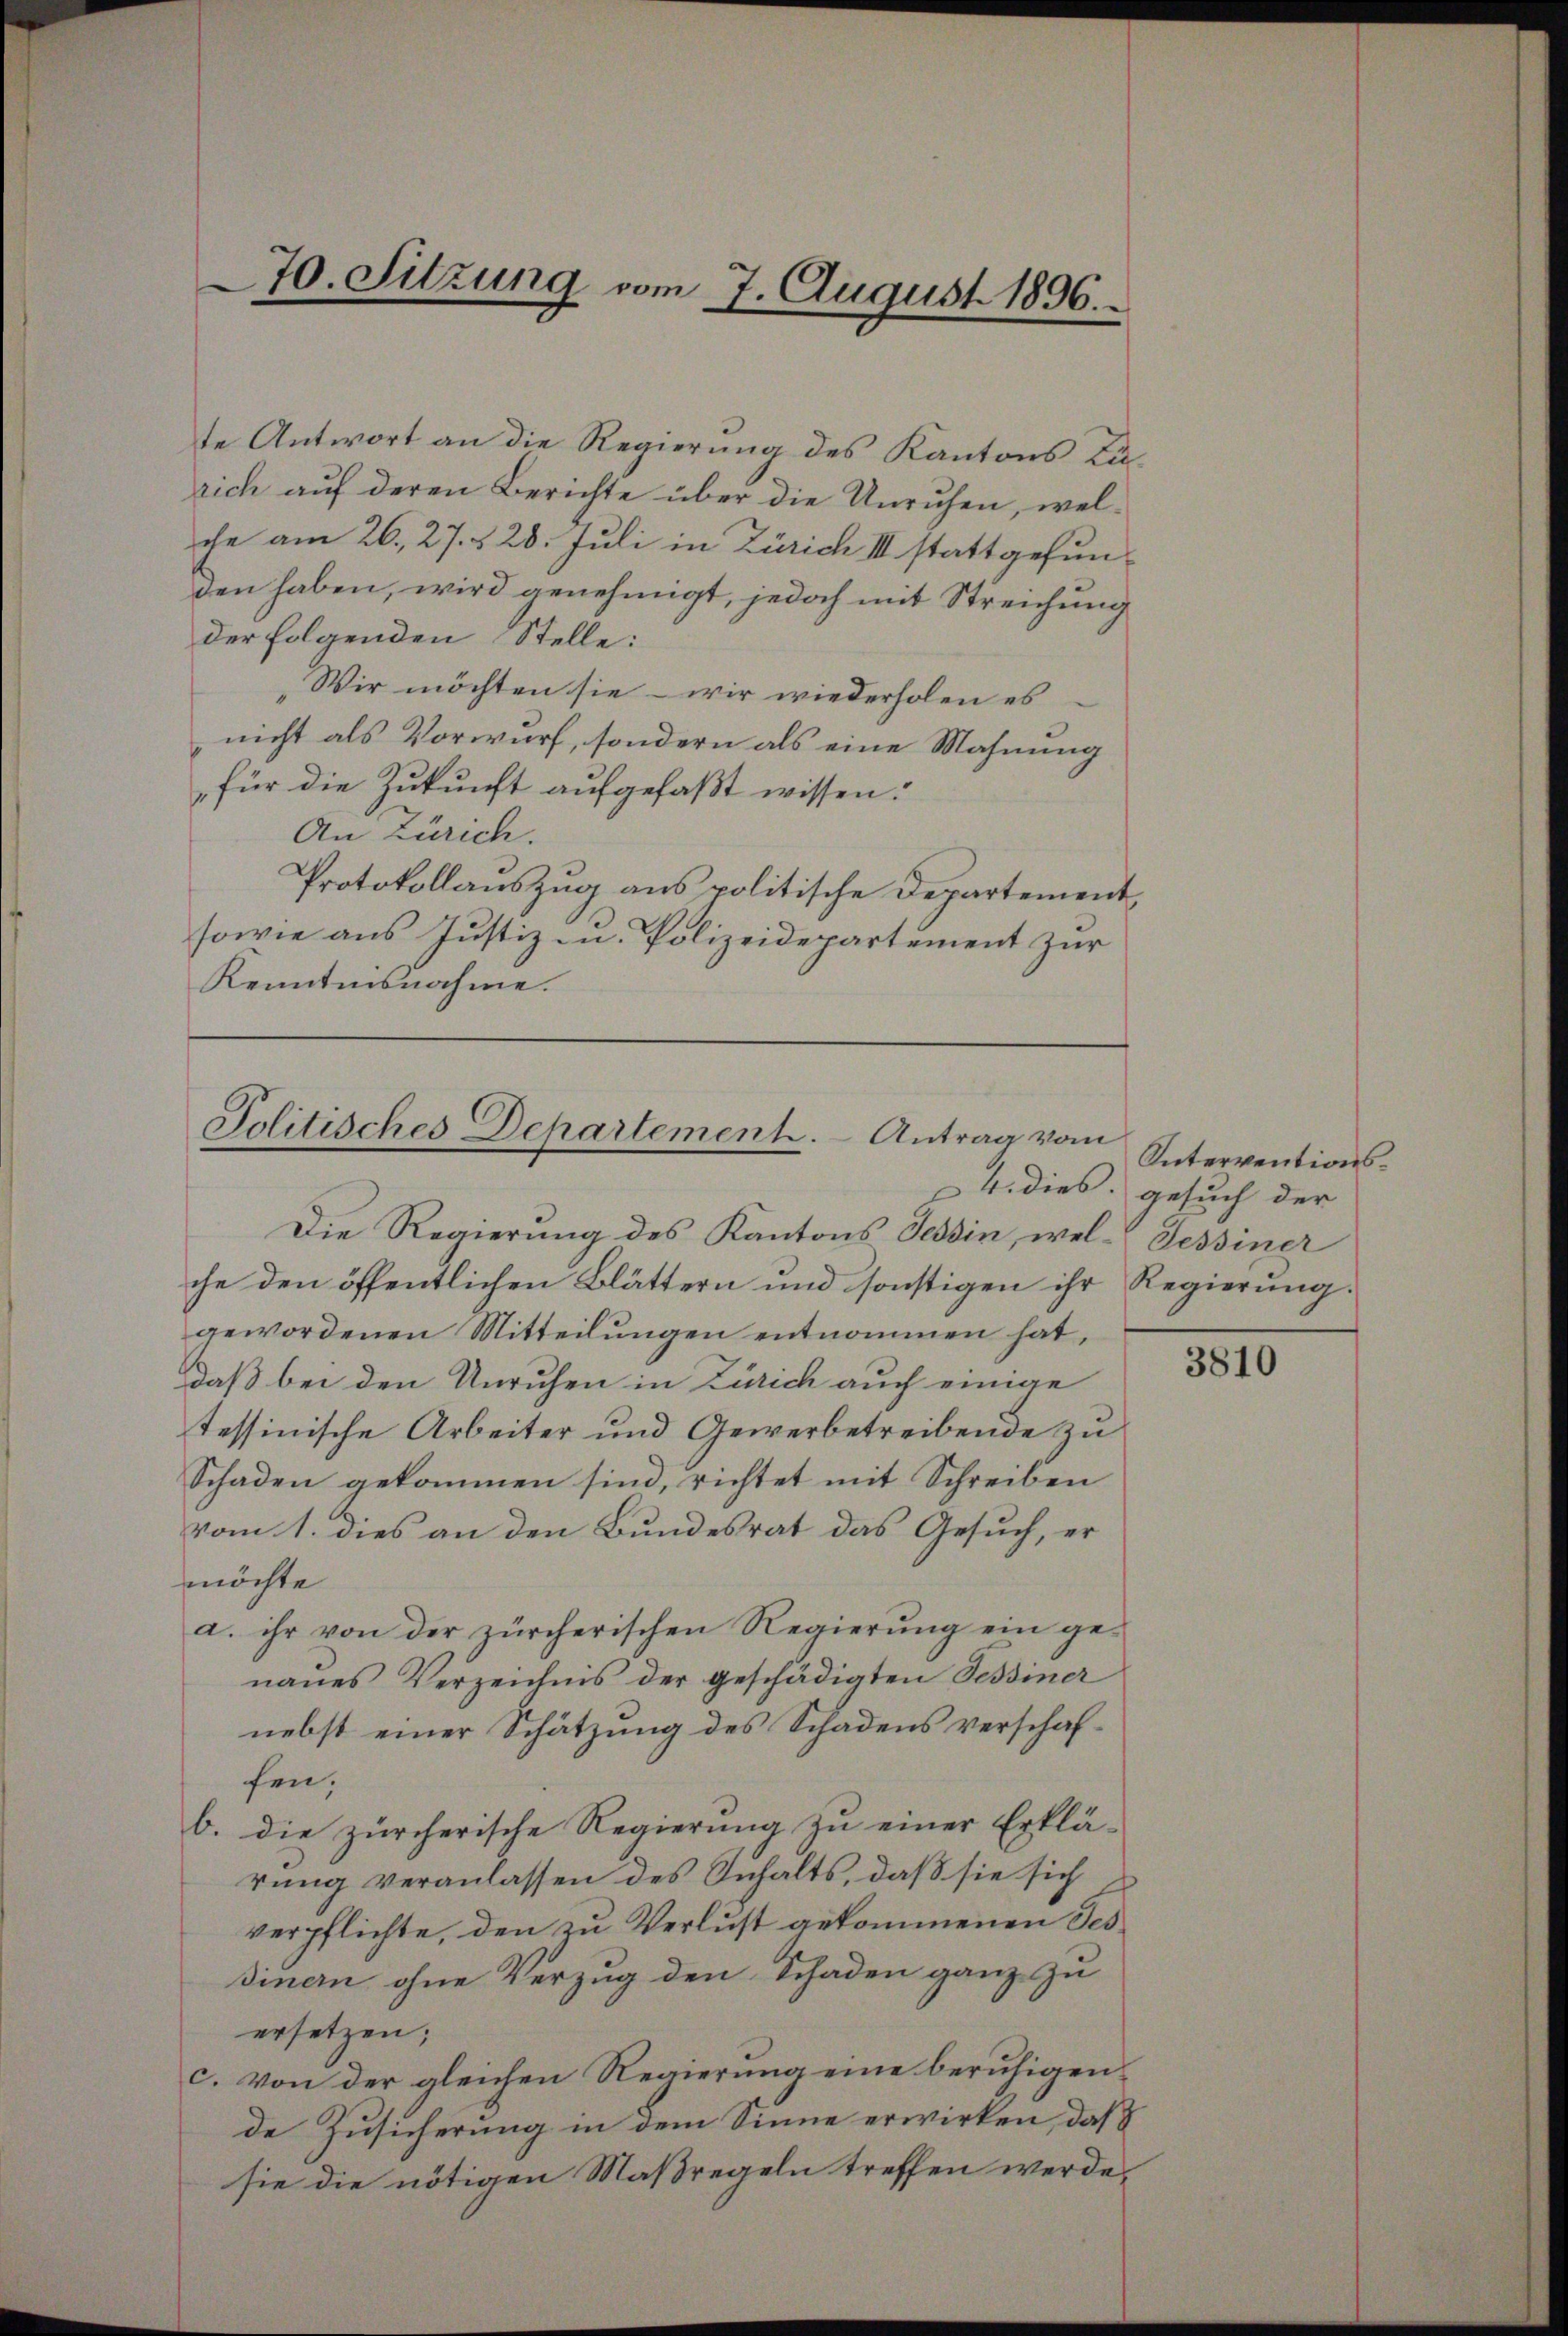
70. Sitzung vom 7. August 1896.

te Antwort an die Regierung des Kantons Lurich auf deren Berichte über die Unruhen, welche am 26. 27. § 28. Juli in Zürich III stattgefunden haben, wird genehmigt, jedoch mit Streichung
der folgenden Stelle:
Wir möchten sie – wir wiederholen es
nicht als Vorwurf, sondern als eine Mahnung
für die Zukunft aufgefaßt wissen.
An Zürich.
Protokollauszug aus politische Departement,
sowie aus Justiz u. Polizeidepartement zur
Kenntnisnahme.

Politisches Departement. Antrag vom

Die Regierung des Kantons Tessin, wel- Sessiner
che den öffentlichen Blättern und sonstigen ihr Regierung.
gewordenen Mitteilungen entnommen hat,
daß bei den Unruhen in Zürich auch einige
tessinische Arbeiter und Gewerbetreibende zu
Schaden gekommen sind, richtet mit Schreiben
vom 1. dies an den Bundesrat das Gesuch, er
möchte
a. ihr von der zürcherischen Regierŭng ein ge-
naŭes Verzeichnis der geschädigten Tessiner
nebst einer Schätzung des Schadens verschaffen;
b. die zürcherische Regierung zu einer Erklä-
rung veranlassen des Inhalts, daß sie sich
verpflichte, den zu Verlust gekommenen Tes
sinern ohne Verzug den Schaden ganz zu
ersetzen;
c. von der gleichen Regierung eine beruhigende Zusicherung in dem Sinne erwirken, daß
sie die nötigen Maßregeln treffen werde.

Interventions¬
4. dies Gesuch der

3810